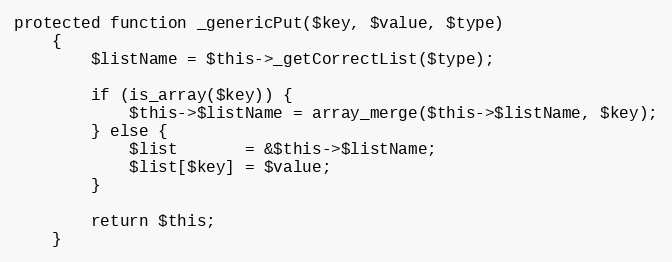
Language: PHP
protected function _genericPut($key, $value, $type)
    {
        $listName = $this->_getCorrectList($type);

        if (is_array($key)) {
            $this->$listName = array_merge($this->$listName, $key);
        } else {
            $list       = &$this->$listName;
            $list[$key] = $value;
        }

        return $this;
    }